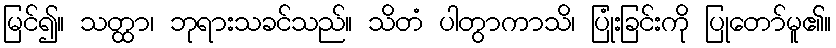
မြင်၍။ သတ္ထာ၊ ဘုရားသခင်သည်။ သိတံ ပါတွာကာသိ၊ ပြုံးခြင်းကို ပြုတော်မူ၏။